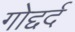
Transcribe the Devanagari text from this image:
गोद्दर्द